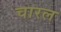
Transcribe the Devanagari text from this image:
चारल